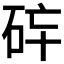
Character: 𱳶